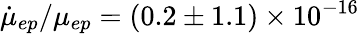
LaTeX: {\dot{\mu}_{ep}}/\mu_{ep}=(0.2\pm 1.1)\times 10^{-16}